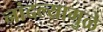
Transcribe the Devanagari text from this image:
नांदल्यामुळे